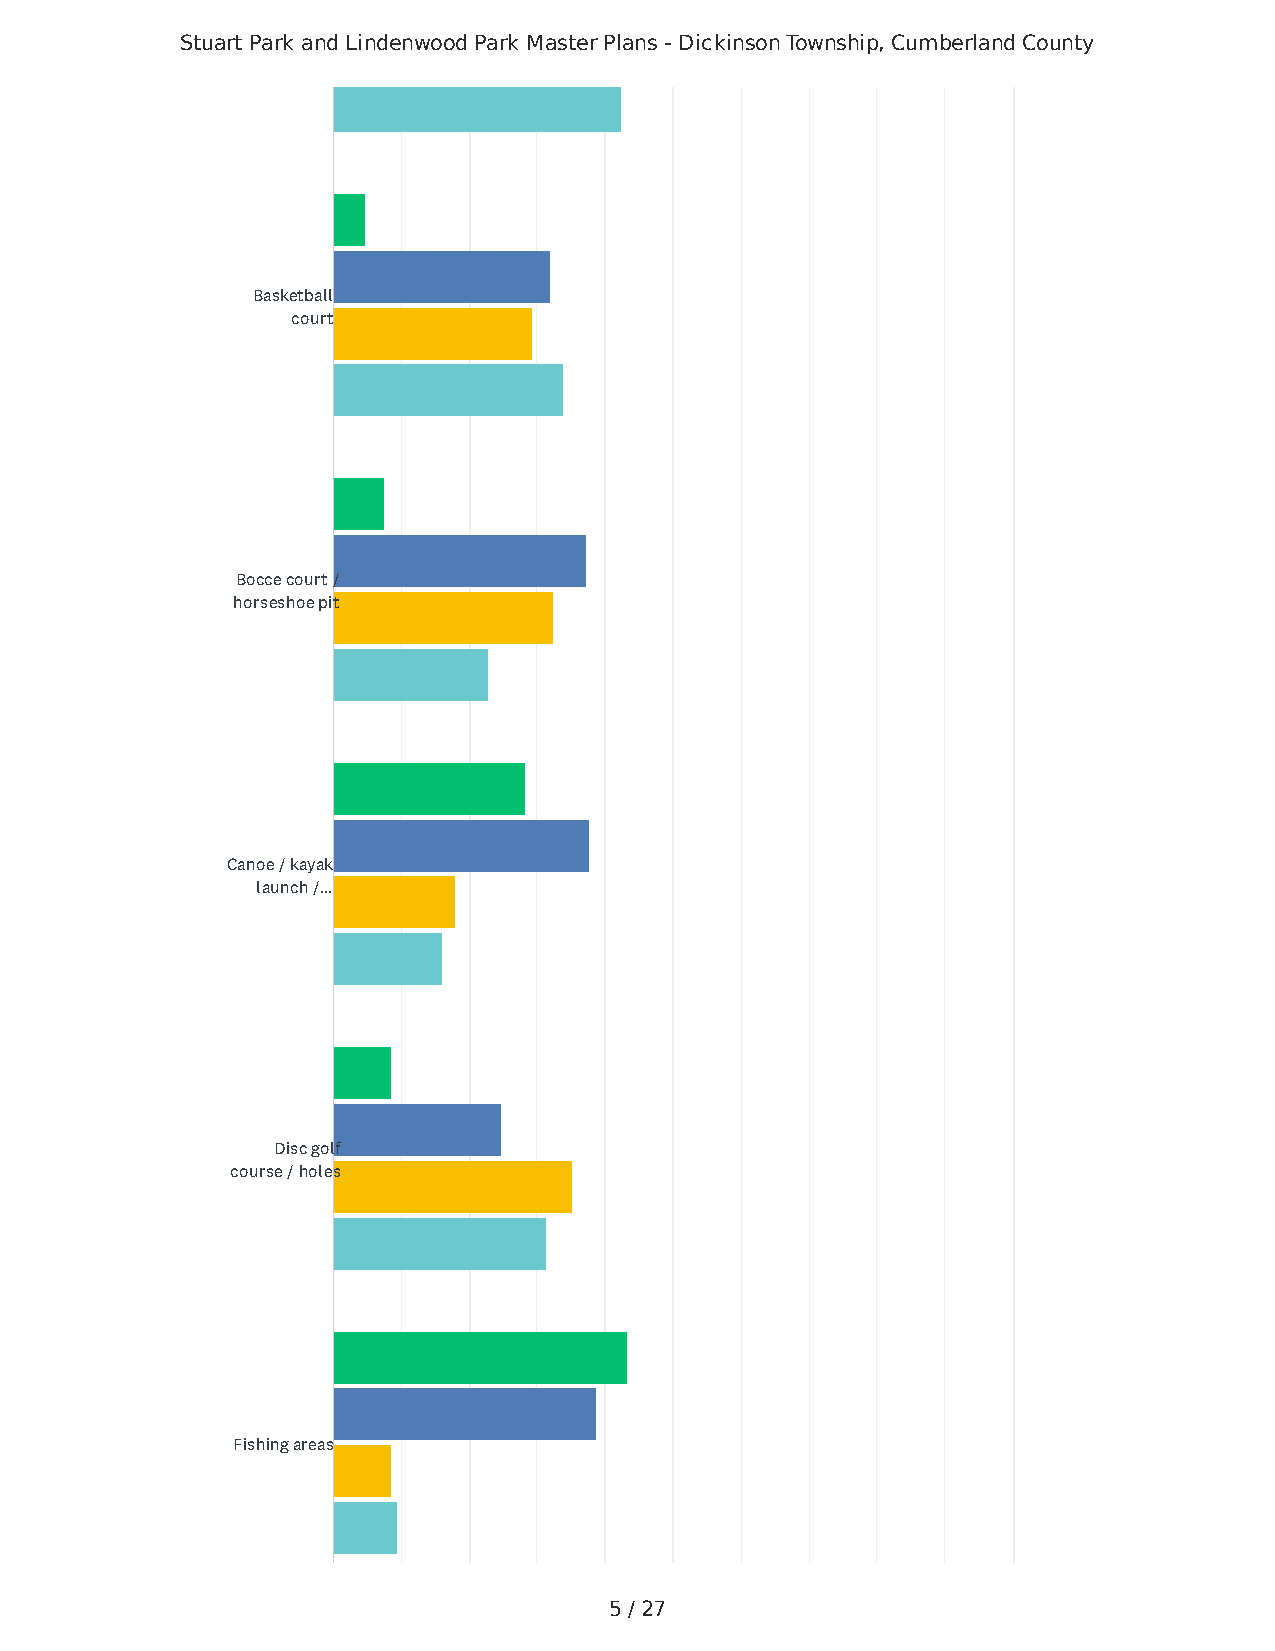
Stuart Park and Lindenwood Park Master Plans - Dickinson Township, Cumberland County
 Basketball
 court
 Bocce court /
 horseshoe pit
 Canoe / kayak
 launch /...
 Disc golf
 course / holes
 Fishing areas
 5 / 27